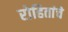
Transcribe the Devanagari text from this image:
रोहितांचे